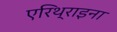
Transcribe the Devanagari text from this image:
एरिथ्राइना